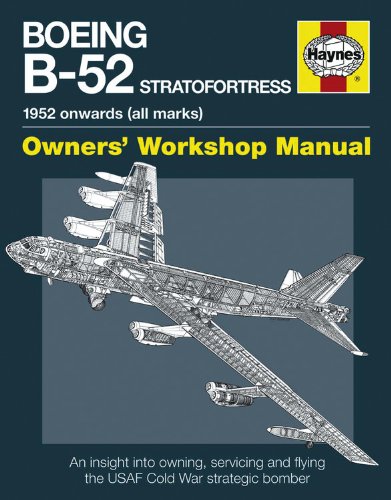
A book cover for Boeing B-52 Stratofortress: 1952 onwards (all marks) (Owners' Workshop Manual); Steve Davies; Engineering & Transportation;